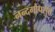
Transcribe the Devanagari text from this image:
नन्दगोपसुते